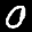
Label: 0